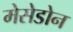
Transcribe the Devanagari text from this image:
मेसेडोन